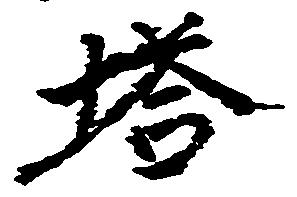
塔